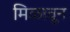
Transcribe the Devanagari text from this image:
मिळावून